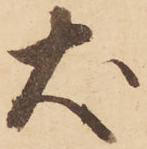
犬